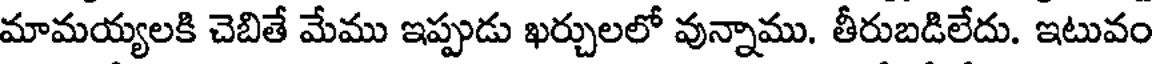
మామయ్యలకి చెబితే మేము ఇప్పుడు ఖర్చులలో వున్నాము. తీరుబడిలేదు. ఇటువం